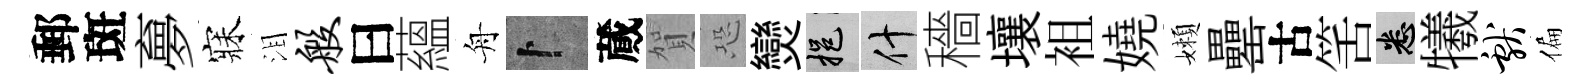
郵斑夣寐泪般曰蘊舟卜蕆賀恐𤓖挹什穡壤袓嬈嬾罍古筈悉犧献偏